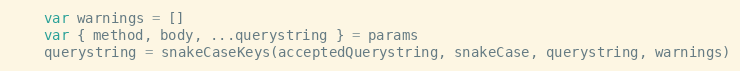
Language: JavaScript
    var warnings = []
    var { method, body, ...querystring } = params
    querystring = snakeCaseKeys(acceptedQuerystring, snakeCase, querystring, warnings)